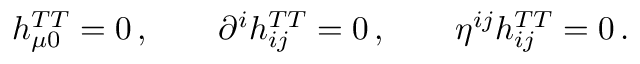
\begin{array} { r } { h _ { \mu 0 } ^ { T T } = 0 \, , \qquad \partial ^ { i } h _ { i j } ^ { T T } = 0 \, , \qquad \eta ^ { i j } h _ { i j } ^ { T T } = 0 \, . } \end{array}